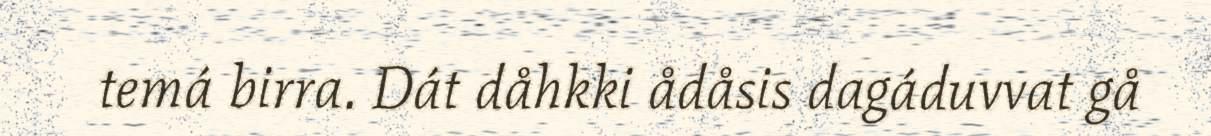
temá birra. Dát dåhkki ådåsis dagáduvvat gå